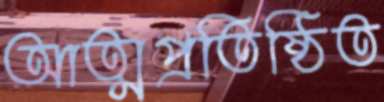
আত্মপ্রতিষ্ঠিত